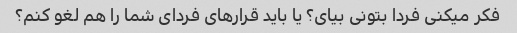
فکر میکنی فردا بتونی بیای؟ یا باید قرارهای فردای شما را هم لغو کنم؟